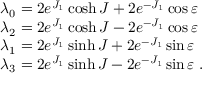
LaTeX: \begin{array} { l } { { \lambda _ { 0 } = 2 e ^ { J _ { 1 } } \cosh J + 2 e ^ { - J _ { 1 } } \cos \varepsilon } } \\ { { \lambda _ { 2 } = 2 e ^ { J _ { 1 } } \cosh J - 2 e ^ { - J _ { 1 } } \cos \varepsilon } } \\ { { \lambda _ { 1 } = 2 e ^ { J _ { 1 } } \sinh J + 2 e ^ { - J _ { 1 } } \sin \varepsilon } } \\ { { \lambda _ { 3 } = 2 e ^ { J _ { 1 } } \sinh J - 2 e ^ { - J _ { 1 } } \sin \varepsilon \; . } } \end{array}